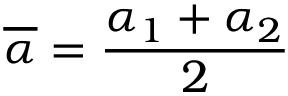
\overline { { \alpha } } = \frac { \alpha _ { 1 } + \alpha _ { 2 } } { 2 }